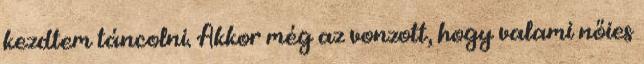
kezdtem táncolni. Akkor még az vonzott, hogy valami nőies